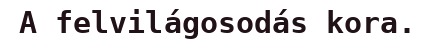
A felvilágosodás kora.